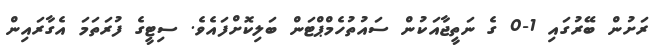
ރަށުން ބޭރުގައި 1-0 ގެ ނަތީޖާއަކުން ސައުތުހެމްޕްޓަން ބަލިކޮށްފައެވެ. ސިޓީގެ ފުރަތަމަ އެގާރައިން